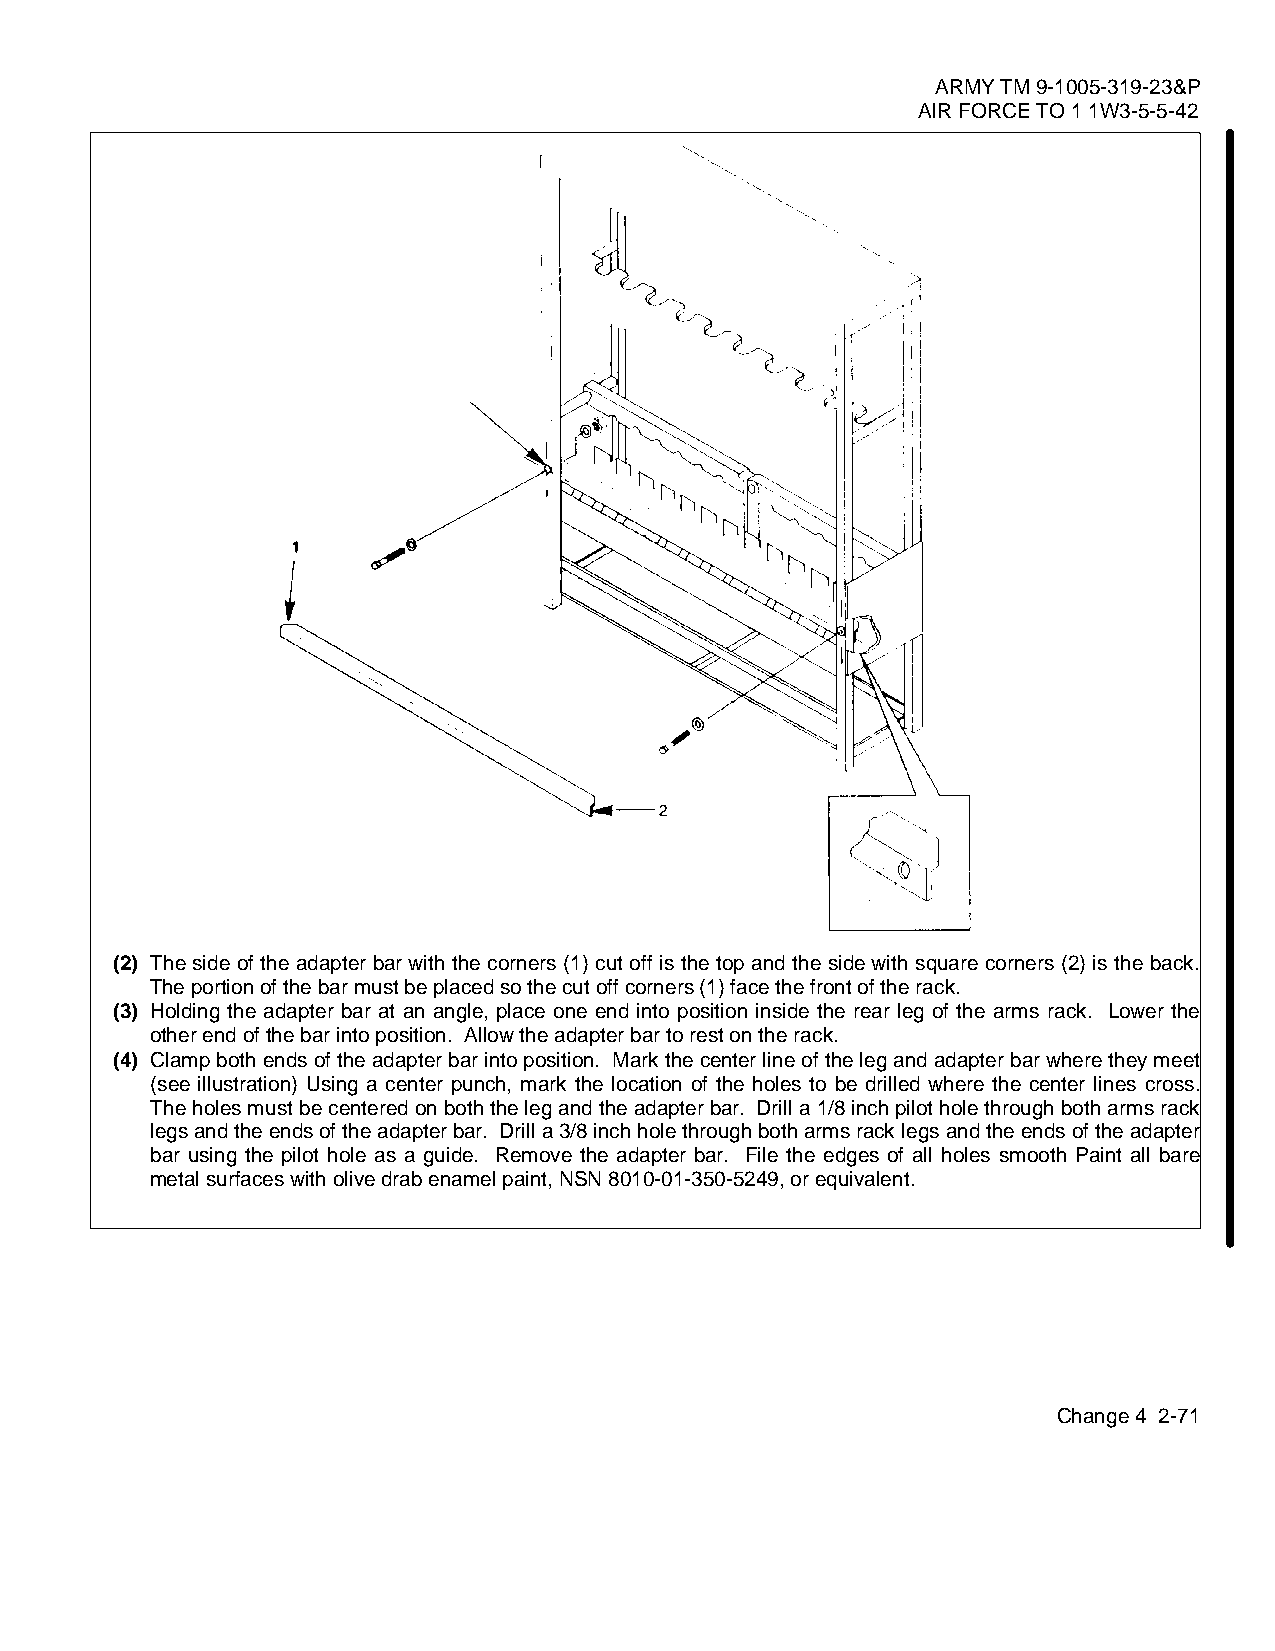
ARMY TM 9-1005-319-23&P
 AIR FORCE TO 1 1W3-5-5-42
 (2) The side of the adapter bar with the corners (1) cut off is the top and the side with square corners (2) is the back.
 The portion of the bar must be placed so the cut off corners (1) face the front of the rack.
 (3) Holding the adapter bar at an angle, place one end into position inside the rear leg of the arms rack. Lower the
 other end of the bar into position. Allow the adapter bar to rest on the rack.
 (4) Clamp both ends of the adapter bar into position. Mark the center line of the leg and adapter bar where they meet
 (see illustration) Using a center punch, mark the location of the holes to be drilled where the center lines cross.
 The holes must be centered on both the leg and the adapter bar. Drill a 1/8 inch pilot hole through both arms rack
 legs and the ends of the adapter bar. Drill a 3/8 inch hole through both arms rack legs and the ends of the adapter
 bar using the pilot hole as a guide. Remove the adapter bar. File the edges of all holes smooth Paint all bare
 metal surfaces with olive drab enamel paint, NSN 8010-01-350-5249, or equivalent.
 Change 4 2-71